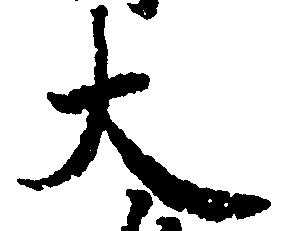
大